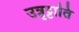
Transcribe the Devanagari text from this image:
उत्रृट्टाति